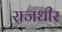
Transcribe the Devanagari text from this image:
राजधीर